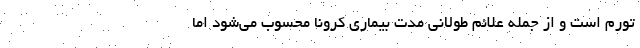
تورم است و از جمله علائم طولانی مدت بیماری کرونا محسوب می‌شود اما